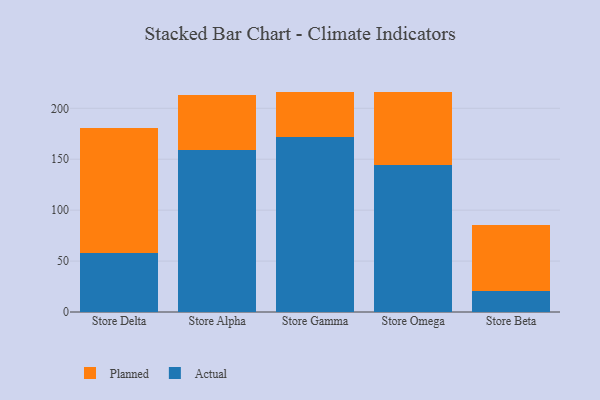
{"axis": {"x": "Store", "y": "Energy Usage (MWh)"}, "legend": ["Actual", "Planned"], "data": [{"x": "Store Delta", "y": 57.8, "type": "Actual"}, {"x": "Store Delta", "y": 122.7, "type": "Planned"}, {"x": "Store Alpha", "y": 158.6, "type": "Actual"}, {"x": "Store Alpha", "y": 54.9, "type": "Planned"}, {"x": "Store Gamma", "y": 172.3, "type": "Actual"}, {"x": "Store Gamma", "y": 43.9, "type": "Planned"}, {"x": "Store Omega", "y": 144.5, "type": "Actual"}, {"x": "Store Omega", "y": 71.9, "type": "Planned"}, {"x": "Store Beta", "y": 21.0, "type": "Actual"}, {"x": "Store Beta", "y": 64.9, "type": "Planned"}]}